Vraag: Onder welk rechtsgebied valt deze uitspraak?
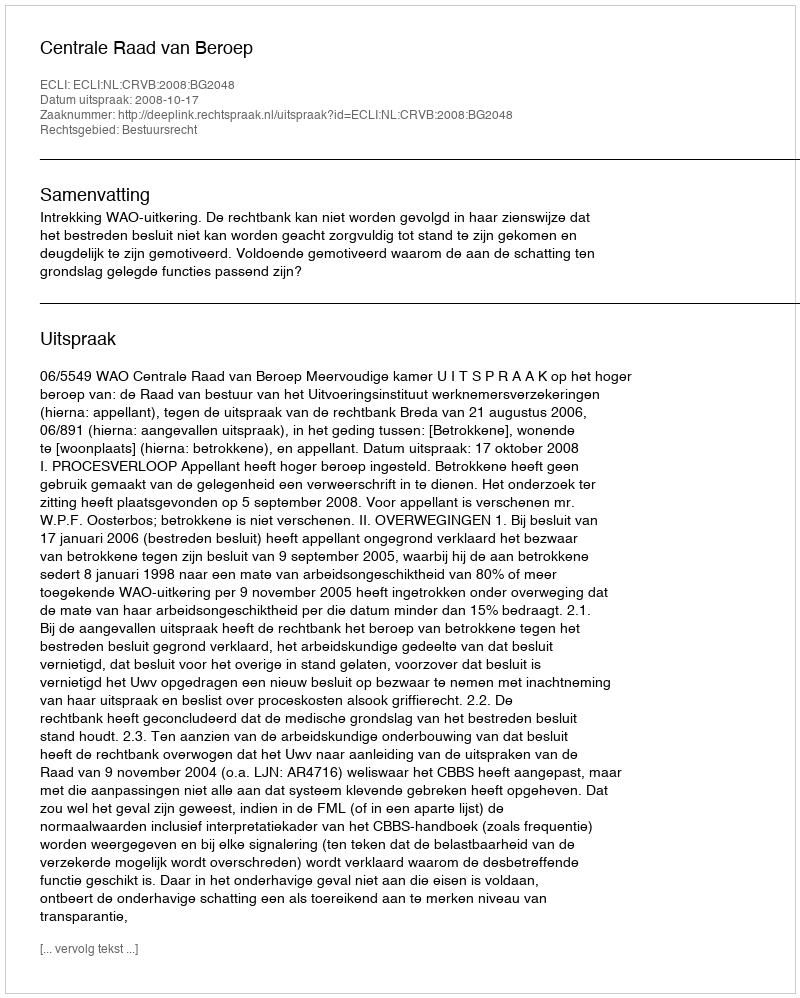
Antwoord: Bestuursrecht